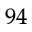
^ { 9 4 }